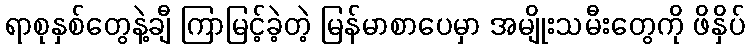
ရာစုနှစ်တွေနဲ့ချီ ကြာမြင့်ခဲ့တဲ့ မြန်မာစာပေမှာ အမျိုးသမီးတွေကို ဖိနှိပ်